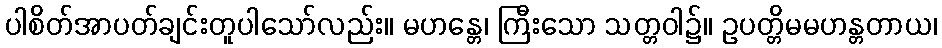
ပါစိတ်အာပတ်ချင်းတူပါသော်လည်း။ မဟန္တေ၊ ကြီးသော သတ္တဝါ၌။ ဥပတ္တိမမဟန္တတာယ၊